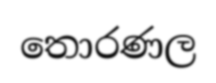
තොරණල